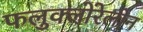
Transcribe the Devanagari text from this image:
फलुक्‍लोरेलीन